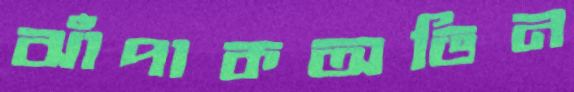
ঝাঁপাকঅভিন